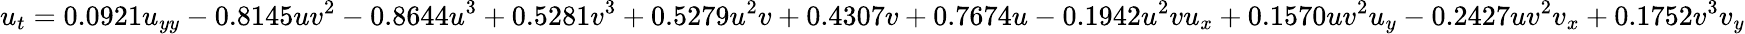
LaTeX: u_{t}=0.0921u_{yy}-0.8145uv^{2}-0.8644u^{3}+0.5281v^{3}+0.5279u^{2}v+0.4307v+0.7674u-0.1942u^{2}vu_{x}+0.1570uv^{2}u_{y}-0.2427uv^{2}v_{x}+0.1752v^{3}v_{y}